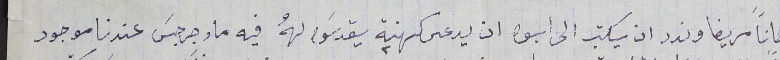
كانًا مريضا ونرد ان يكتب الى ابوه ان يدعى كهنة ٢ يقدسَو لهُ فيه مار جرجسَ عندنا موجود